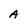
Character: A